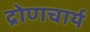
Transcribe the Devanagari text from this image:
द्रोणचार्य